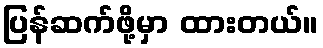
ပြန်ဆက်ဖို့မှာ ထားတယ်။